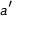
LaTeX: \boldsymbol { a ^ { \prime } }